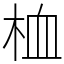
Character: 桖